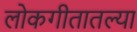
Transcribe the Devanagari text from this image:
लोकगीतातल्या